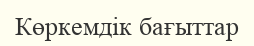
Көркемдік бағыттар